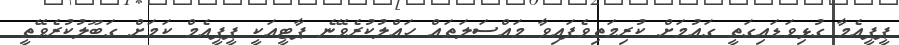
ޕީޕީއެމާ ގުޅިވަޑައިގަތީ ގައުމަށް ކުރިމަތިވެފައިވާ މައްސަލަތައް ހައްލުކުރެވޭނެ ޕާޓީއަކީ ޕީޕީއެމް ކަމަށް ގަބޫލުކުރެވޭތީ